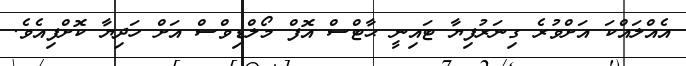
އެއްލައްކަ އަށްވުރެ ގިނަރުފިޔާ ޓައިނީ ޙާޓްސް އޮފް މޯލްޑިވްސް އަށް ހަދިޔާ ކޮށްފިއެވެ.